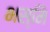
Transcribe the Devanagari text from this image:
भस्मि